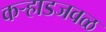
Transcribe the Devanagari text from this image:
कऱ्हाडजवळ